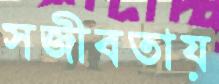
সজীবতায়